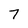
Character: 7